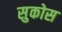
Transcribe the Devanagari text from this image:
सुकोस